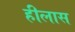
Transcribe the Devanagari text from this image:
हीलास